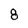
Character: 8